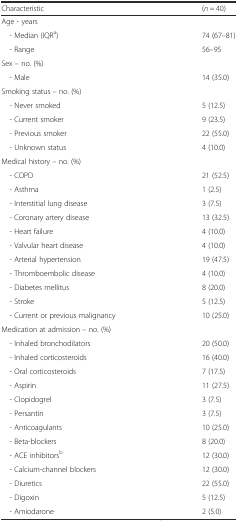
| Characteristic | (n = 40) |
 | --- | --- |
 | <COLSPAN=2> Age - years |
 | - Median (IQRa) | 74 (67–81) |
 | - Range | 56–95 |
 | <COLSPAN=2> Sex – no. (%) |
 | - Male | 14 (35.0) |
 | <COLSPAN=2> Smoking status – no. (%) |
 | - Never smoked | 5 (12.5) |
 | - Current smoker | 9 (23.5) |
 | - Previous smoker | 22 (55.0) |
 | - Unknown status | 4 (10.0) |
 | <COLSPAN=2> Medical history – no. (%) |
 | - COPD | 21 (52.5) |
 | - Asthma | 1 (2.5) |
 | - Interstitial lung disease | 3 (7.5) |
 | - Coronary artery disease | 13 (32.5) |
 | - Heart failure | 4 (10.0) |
 | - Valvular heart disease | 4 (10.0) |
 | - Arterial hypertension | 19 (47.5) |
 | - Thromboembolic disease | 4 (10.0) |
 | - Diabetes mellitus | 8 (20.0) |
 | - Stroke | 5 (12.5) |
 | - Current or previous malignancy | 10 (25.0) |
 | <COLSPAN=2> Medication at admission – no. (%) |
 | - Inhaled bronchodilators | 20 (50.0) |
 | - Inhaled corticosteroids | 16 (40.0) |
 | - Oral corticosteroids | 7 (17.5) |
 | - Aspirin | 11 (27.5) |
 | - Clopidogrel | 3 (7.5) |
 | - Persantin | 3 (7.5) |
 | - Anticoagulants | 10 (25.0) |
 | - Beta-blockers | 8 (20.0) |
 | - ACE inhibitorsb | 12 (30.0) |
 | - Calcium-channel blockers | 12 (30.0) |
 | - Diuretics | 22 (55.0) |
 | - Digoxin | 5 (12.5) |
 | - Amiodarone | 2 (5.0) |